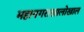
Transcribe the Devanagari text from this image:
महानगराखालोखाल